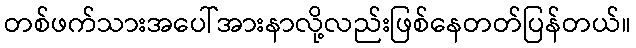
တစ်ဖက်သားအပေါ်အားနာလို့လည်းဖြစ်နေတတ်ပြန်တယ်။